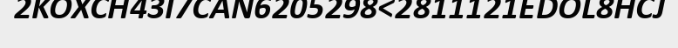
2KOXCH43I7CAN6205298<2811121EDOL8HCJ